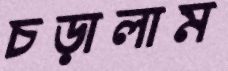
চড়ালাম